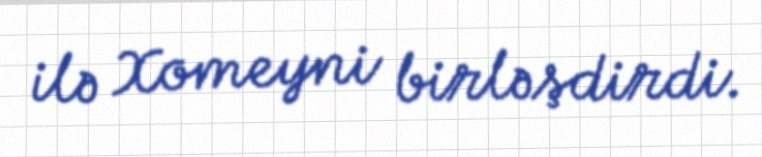
ilə Xomeyni birləşdirdi.